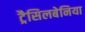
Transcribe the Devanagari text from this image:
ट्रैसिलबेनिया